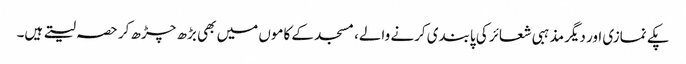
پکے نمازی اور دیگر مذہبی شعائر کی پابندی کرنے والے، مسجد کے کاموں میں بھی بڑھ چڑھ کر حصہ لیتے ہیں۔